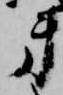
第